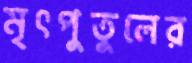
মৃৎপুতুলের